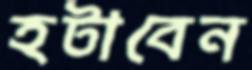
হটাবেন